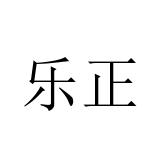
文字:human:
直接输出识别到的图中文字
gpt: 乐正